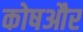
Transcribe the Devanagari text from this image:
कोषऔर